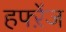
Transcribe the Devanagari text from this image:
हफ्ऱेंज